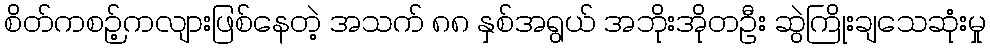
စိတ်ကစဉ့်ကလျားဖြစ်နေတဲ့ အသက် ၈၈ နှစ်အရွယ် အဘိုးအိုတဦး ဆွဲကြိုးချသေဆုံးမှု